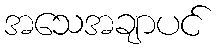
အသေအချာပင်